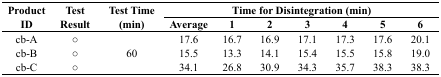
<table><thead><tr><td rowspan="2"><b>Product ID</b></td><td rowspan="2"><b>Test Result</b></td><td rowspan="2"><b>Test Time (min)</b></td><td colspan="7"><b>Time for Disintegration (min)</b></td></tr><tr><td><b>Average</b></td><td><b>1</b></td><td><b>2</b></td><td><b>3</b></td><td><b>4</b></td><td><b>5</b></td><td><b>6</b></td></tr></thead><tbody><tr><td>cb-A</td><td>○</td><td rowspan="3">60</td><td>17.6</td><td>16.7</td><td>16.9</td><td>17.1</td><td>17.3</td><td>17.6</td><td>20.1</td></tr><tr><td>cb-B</td><td>○</td><td>15.5</td><td>13.3</td><td>14.1</td><td>15.4</td><td>15.5</td><td>15.8</td><td>19.0</td></tr><tr><td>cb-C</td><td>○</td><td>34.1</td><td>26.8</td><td>30.9</td><td>34.3</td><td>35.7</td><td>38.3</td><td>38.3</td></tr></tbody></table>